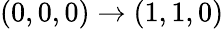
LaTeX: (0,0,0)\rightarrow(1,1,0)